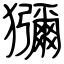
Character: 獼